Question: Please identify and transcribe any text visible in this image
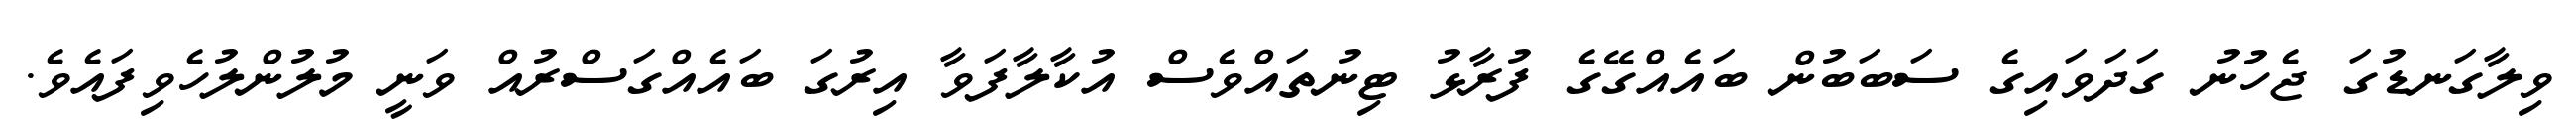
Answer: ވިލާގަނޑުގަ ޖެހުނު ގަދަވައިގެ ސަބަބުން ބައެއްގޭގެ ފުރާޅު ޓިނުތައްވެސް އުކާލާފަވާ އިރުގަ ބައެއްގަސްރުއް ވަނީ މުލުންލުހެވިފައެވެ.